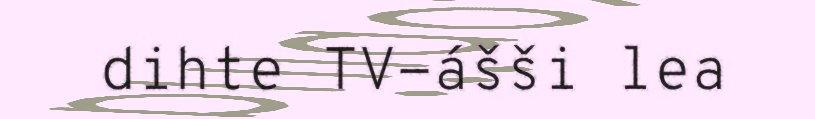
dihte TV-ášši lea